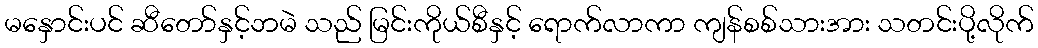
မနှောင်းပင် ဆီတော်နှင့်ဘမဲ သည် မြင်းကိုယ်စီနှင့် ရောက်လာကာ ကျန်စစ်သားအား သတင်းပို့လိုက်